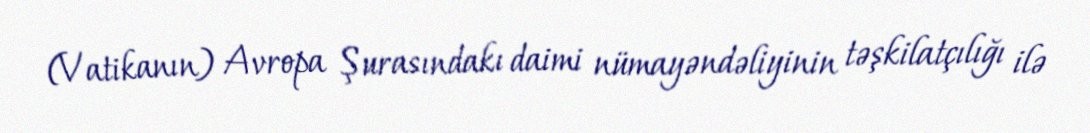
(Vatikanın) Avropa Şurasındakı daimi nümayəndəliyinin təşkilatçılığı ilə